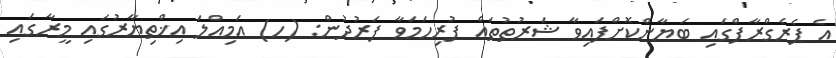
އެ ޕެރެގްރާފްގައި ބަޔާންކޮށްފައިވާ ޝަރުތުތައް ފުރިހަމަވާ ފަރުދުން: (ހ) އަމިއްލަ އިޚްތިޔާރުގައި މީރާގައި